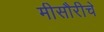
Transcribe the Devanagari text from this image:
मीसौरीचे